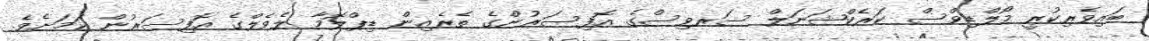
ބައިވެރިކުރީ މޯލްޑިވްސް ކަރެކްޝަނަލް ސަރވިސްގެ އޮފިސަރުންގެ ތެރެއިން ޑިޕްލޮމާ ލެވެލްގެ އޮފިސަރުން ކަމަށެވެ.